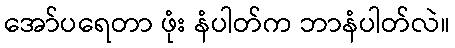
အော်ပရေတာ ဖုံး နံပါတ်က ဘာနံပါတ်လဲ။